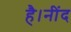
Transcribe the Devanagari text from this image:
है।नींद